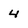
Character: 4